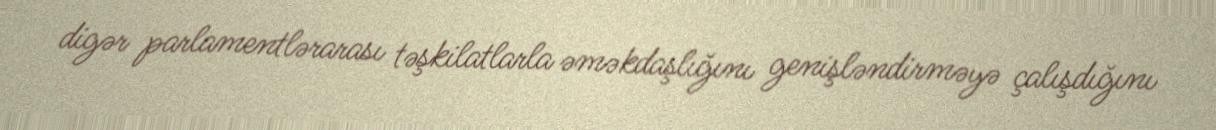
digər parlamentlərarası təşkilatlarla əməkdaşlığını genişləndirməyə çalışdığını